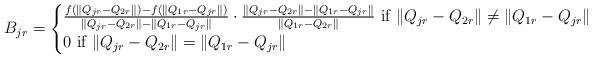
LaTeX: \begin{align*} B_{jr}=\begin{cases} \frac{f(\|Q_{jr}-Q_{2r}\|)-f(\|Q_{1r}-Q_{jr}\|)}{\|Q_{jr}-Q_{2r}\|-\|Q_{1r}-Q_{jr}\|} \cdot\frac{\|Q_{jr}-Q_{2r}\|-\|Q_{1r}-Q_{jr}\|}{\|Q_{1r}-Q_{2r}\|}\textrm{ if }\|Q_{jr}-Q_{2r}\|\neq\|Q_{1r}-Q_{jr}\| \\ 0\textrm{ if }\|Q_{jr}-Q_{2r}\|=\|Q_{1r}-Q_{jr}\| \end{cases} \end{align*}